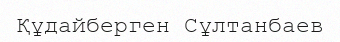
Құдайберген Сұлтанбаев